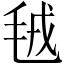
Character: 毧